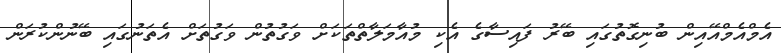
އެމްއެމްއޭއިން ބުނިގޮތުގައި ބޭރު ފައިސާގެ އެކި މުއާމަލާތްތަކަށް ވަގުތުން ވަގުތަށް އެތަނުގައި ބޭނުންކުރަން